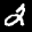
Label: 2